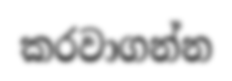
කරවාගන්න